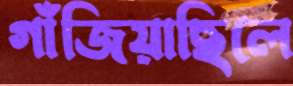
গাঁজিয়াছিলে